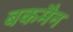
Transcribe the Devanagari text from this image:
बकमैन